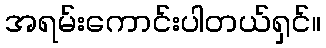
အရမ်းကောင်းပါတယ်ရှင်။